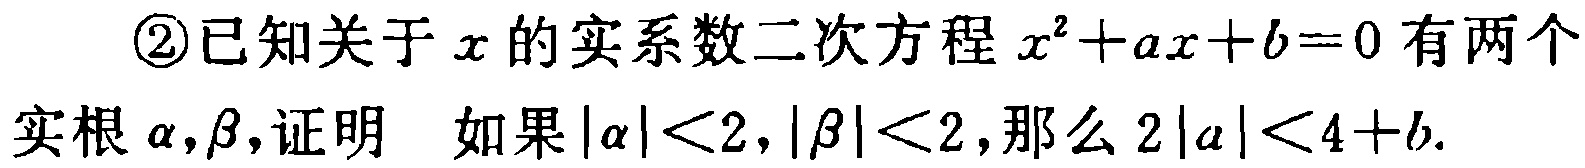
\textcircled{2}已知关于\(x\)的实系数二次方程\(x^{2}+ax + b = 0\)有两个

实根\(\alpha,\beta\)，证明 如果\(|\alpha|\lt2,|\beta|\lt2\)，那么\(2|a|\lt4 + b\).